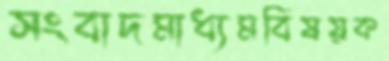
সংবাদমাধ্যমবিষয়ক